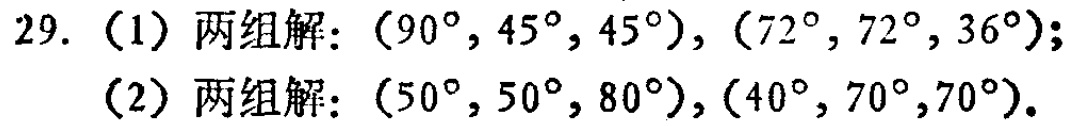
29. （1）两组解：\((90^{\circ}, 45^{\circ}, 45^{\circ})\)，\((72^{\circ}, 72^{\circ}, 36^{\circ})\)；

（2）两组解：\((50^{\circ}, 50^{\circ}, 80^{\circ})\)，\((40^{\circ}, 70^{\circ},70^{\circ})\)。